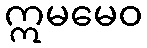
ဣမမေဝ